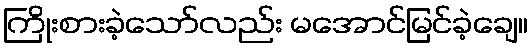
ကြိုးစားခဲ့သော်လည်း မအောင်မြင်ခဲ့ချေ။